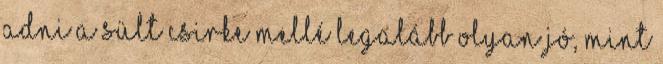
adni a sült csirke mellé legalább olyan jó, mint